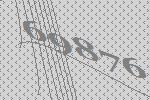
69876